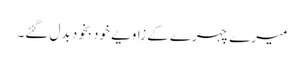
میرے چہرے کے زاویے خودبخود بدل گئے۔